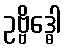
ဥဗ္ဗိဒ္ဓေါ